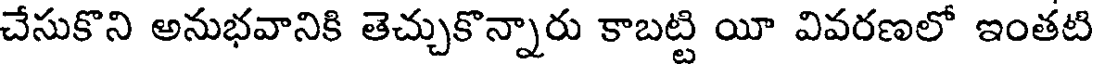
చేసుకొని అనుభవానికి తెచ్చుకొన్నారు కాబట్టి యీ వివరణలో ఇంతటి